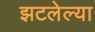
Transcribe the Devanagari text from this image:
झटलेल्या